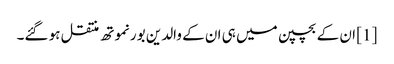
[1] ان کے بچپن میں ہی ان کے والدین بورنموتھ منتقل ہو گئے۔